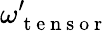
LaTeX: \omega_{\mathrm{~t~e~n~s~o~r~}}^{\prime}